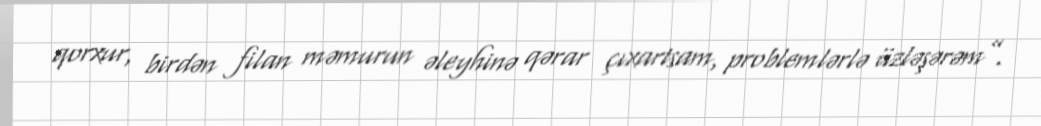
qorxur, birdən filan məmurun əleyhinə qərar çıxartsam, problemlərlə üzləşərəm”.